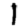
Digit: 1